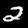
Digit: 2